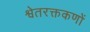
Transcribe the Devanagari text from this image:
श्वेतरक्तकणों